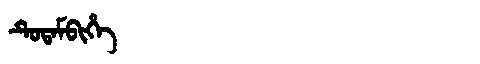
Manchu: ᡨᡠᡨᠠᠮᠪᡳᡥᡝ
Romanization: TUTAMBIHE